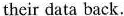
their data back.